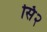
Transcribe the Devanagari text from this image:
सि२